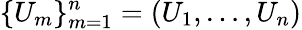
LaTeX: \{ U_{m}\} _{m=1}^{n}=\left(U_{1},\ldots,U_{n}\right)